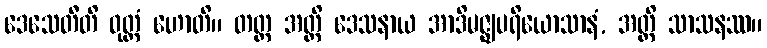
ဒေသေတီတိ ဝုတ္တံ ဟောတိ။ တတ္ထ အတ္ထိ ဒေသနာယ အာဒိမဇ္ဈပရိယောသာနံ, အတ္ထိ သာသနဿ။